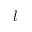
l